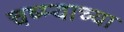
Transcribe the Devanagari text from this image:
चष्म्याच्या